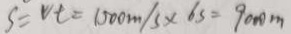
S = v t = 1 5 0 0 m / s \times 6 s = 9 0 0 0 m